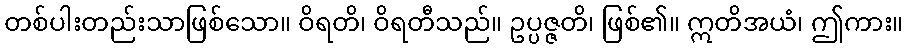
တစ်ပါးတည်းသာဖြစ်သော။ ဝိရတိ၊ ဝိရတီသည်။ ဥပ္ပဇ္ဇတိ၊ ဖြစ်၏။ ဣတိအယံ၊ ဤကား။